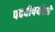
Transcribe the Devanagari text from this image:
पदवीपर्यंतचेे